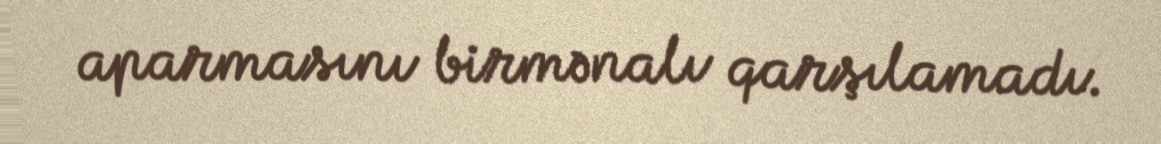
aparmasını birmənalı qarşılamadı.